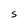
Character: S